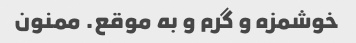
خوشمزه و گرم و به موقع. ممنون